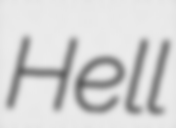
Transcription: Hell